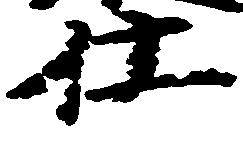
仕